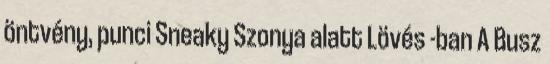
öntvény, punci Sneaky Szonya alatt Lövés -ban A Busz